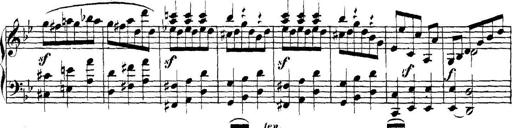
Title: Collected Piano Sonatas
Composer: Muzio Clementi